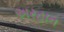
અરહાન